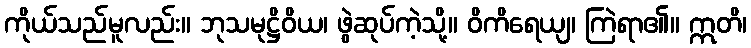
ကိုယ်သည်မူလည်း။ ဘုသမုဋ္ဌိဝိယ၊ ဖွဲဆုပ်ကဲ့သို့။ ဝိကိရေယျ၊ ကြဲရာ၏။ ဣတိ၊